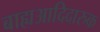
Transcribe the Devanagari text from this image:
बाह्यआदिदारुक